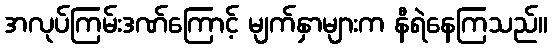
အလုပ်ကြမ်းဒဏ်ကြောင့် မျက်နှာများက နီရဲနေကြသည်။